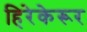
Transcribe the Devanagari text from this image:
हिरेकेरूर